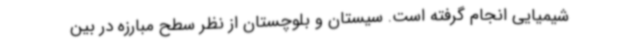
شیمیایی انجام گرفته است. سیستان و بلوچستان از نظر سطح مبارزه در بین